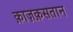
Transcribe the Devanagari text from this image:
क़ाज़क़सतान